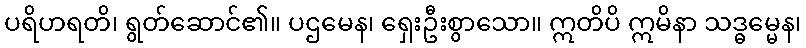
ပရိဟရတိ၊ ရွတ်ဆောင်၏။ ပဌမေန၊ ရှေးဦးစွာသော။ ဣတိပိ ဣမိနာ သဒ္ဓမ္မေန၊